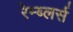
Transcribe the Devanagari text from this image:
रेम्ब्लर्स